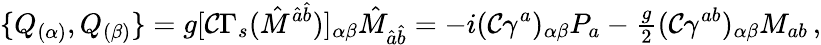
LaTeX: \{ Q_{(\alpha)},Q_{(\beta)}\} =g[\mathcal{C}\Gamma_{s}(\hat{M}^{\hat{a}\hat{b}})]_{\alpha\beta}\hat{M}_{\hat{a}\hat{b}}=-i(\mathcal{C}\gamma^{a})_{\alpha\beta}P_{a}-{\textstyle\frac{g}{2}}(\mathcal{C}\gamma^{ab})_{\alpha\beta}M_{ab}\, ,